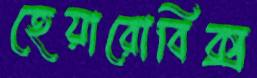
হেয়ারোবিক্স